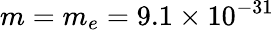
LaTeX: m=m_{e}=9.1\times 10^{-31}